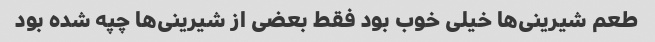
طعم شیرینی‌ها خیلی خوب بود فقط بعضی از شیرینی‌ها چپه شده بود